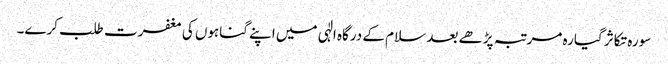
سورہ تکاثر گیارہ مرتبہ پڑھے بعد سلام کے درگاہ الٰہی میں اپنے گناہوں کی مغفرت طلب کرے۔